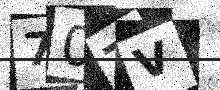
Text: 70TV